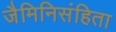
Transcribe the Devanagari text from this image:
जैमिनिसंहिता